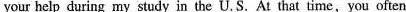
your help during my study in the U. S. At that time,you often